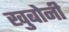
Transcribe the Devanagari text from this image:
खुबोनी